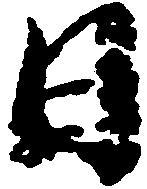
日